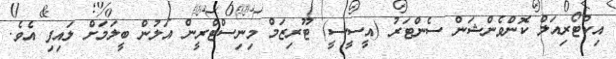
އިކްޓޯރިއަލް ކޮންވެންޝަން ސެންޓަރު (އީސީސީ) ޓޫރިޒަމް މިނިސްޓްރީން އަލުން ބީލަމަށް ލައިފި އެވެ.